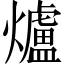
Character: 爐